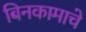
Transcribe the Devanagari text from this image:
बिनकामाचे